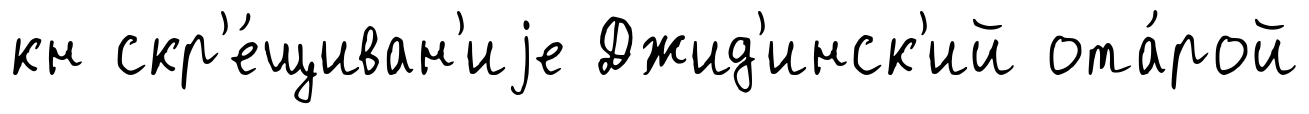
кн скр'е́щиван'иjе Джид'инск'ий ота́рой